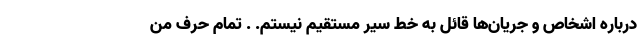
درباره اشخاص و جریان‌ها قائل به خط سیر مستقیم نیستم. . تمام حرف من